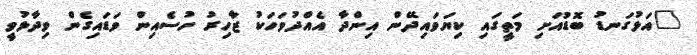
"އަޅުގަނޑު ބޮޑުއަށި މަތީގައި ކިޔަވައިދޭން އިންދާ އެއްދުވަހަކު ޒާހިރު ހުސެއިން ވަޑައިގެން ވިދާޅުވީ